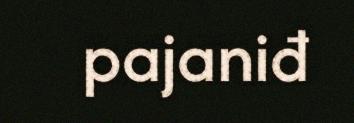
pajaniđ